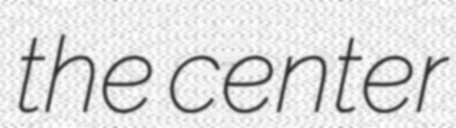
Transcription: the center